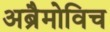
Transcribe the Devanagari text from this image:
अब्रैमोविच